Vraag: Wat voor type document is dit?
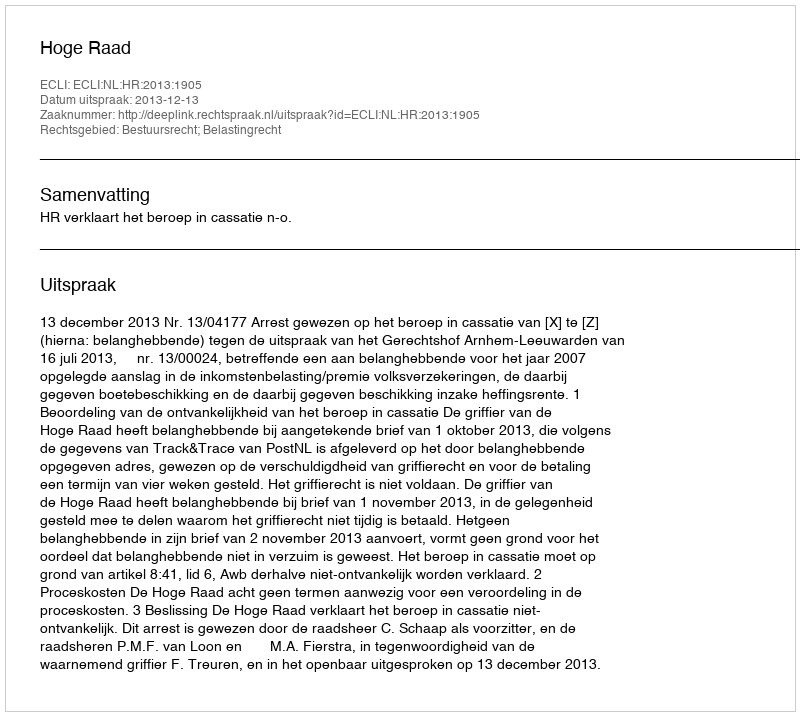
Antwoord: Uitspraak